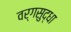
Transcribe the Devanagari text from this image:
वर्गसुद्धा